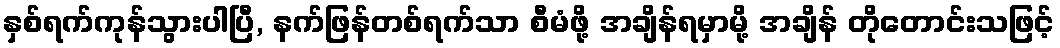
နှစ်ရက်ကုန်သွားပါပြီ, နက်ဖြန်တစ်ရက်သာ စီမံဖို့ အချိန်ရမှာမို့ အချိန် တိုတောင်းသဖြင့်